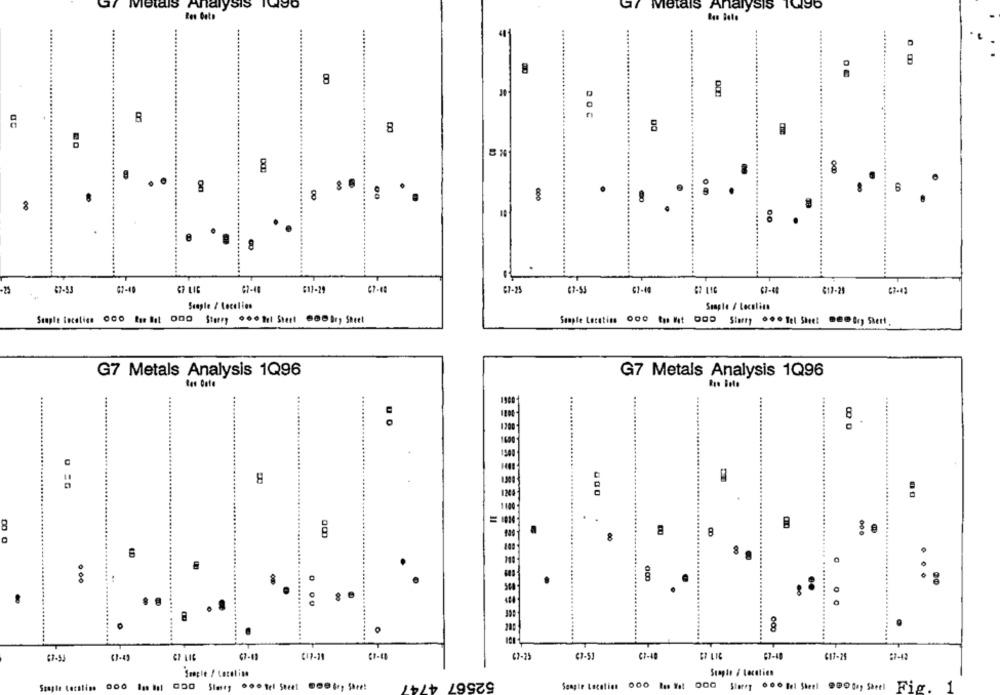
ar Metals Analysis 10do
Gr Metals Analysis 1090
8
8
A
..
6
8
.
.
00
.
.
00
.
............
87-51
67-40
67 LIG
67-40
617-29
67-25
67-5
G7-4
$7-08
817-25
C7-42
Staple / Localien
Souple / Localinn
Suple Incelies OGO In het 0Do Stuny 00 hl Stest 000kr, Sheet
Staple Letetins 000 tu It DOD Start ... fel Sheet @@@ &c) Siert.
G7 Metals Analysis 1Q96
G7 Metals Analysis 1Q96
8
1200
1600
1500
1 100
.
.
8
8
8
$ 8
...
.00
. ª
0
200
101
CP LIG
47-4)
67-25
C7-40
617-25
Jungle / Localise
Suapie / Localien
52567 4747
1